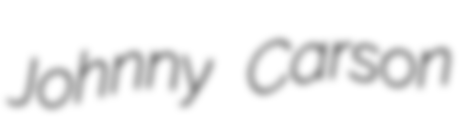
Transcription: Johnny Carson